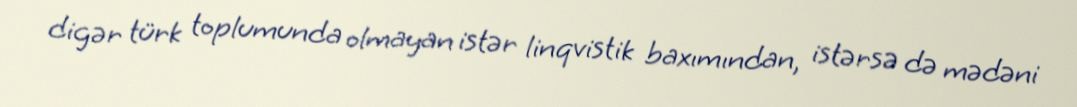
digər türk toplumunda olmayan istər linqvistik baxımından, istərsə də mədəni